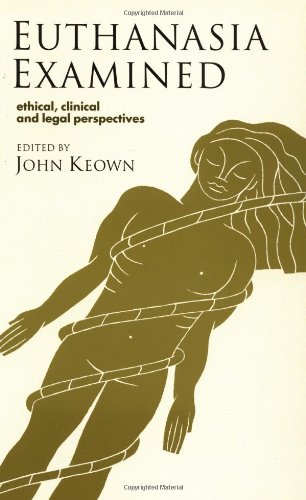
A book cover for Euthanasia Examined: Ethical, Clinical and Legal Perspectives; Medical Books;